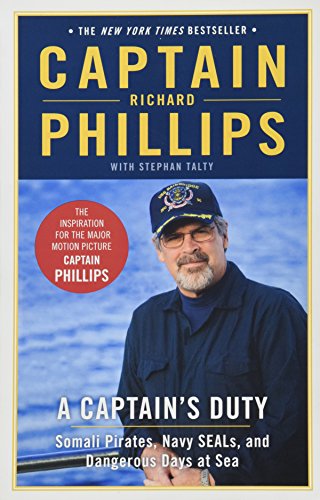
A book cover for A Captain's Duty: Somali Pirates, Navy SEALs, and Dangerous Days at Sea; Richard Phillips; Engineering & Transportation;